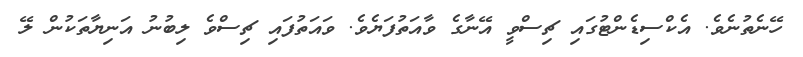
ހޭނެތުނެވެ. އެކްސިޑެންޓުގައި ޗިސްވީ އޭނާގެ ވާއަތުފަޔެވެ. ވައަތުފައި ޗިސްވެ ލިބުނު އަނިޔާތަކުން ލޭ